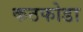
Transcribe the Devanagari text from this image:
कठफोडा